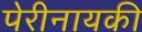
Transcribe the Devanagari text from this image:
पेरीनायकी